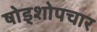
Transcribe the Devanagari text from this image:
षोड्शोपचार